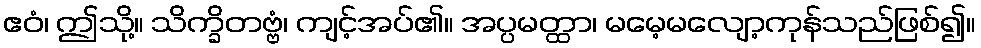
ဧဝံ၊ ဤသို့။ သိက္ခိတဗ္ဗံ၊ ကျင့်အပ်၏။ အပ္ပမတ္ထာ၊ မမေ့မလျော့ကုန်သည်ဖြစ်၍။